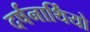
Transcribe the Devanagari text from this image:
दर्षनार्थिंयो